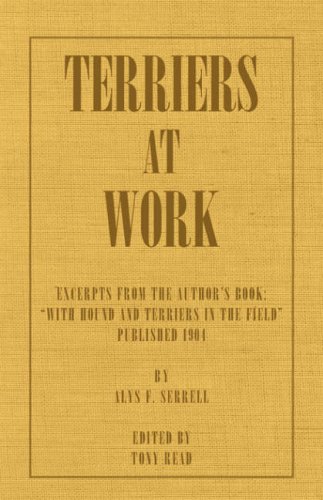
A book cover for Terriers at Work; Alys F. Serrell; Sports & Outdoors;